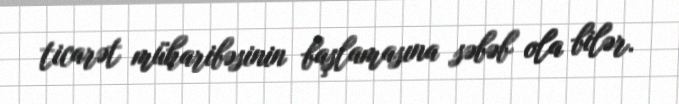
ticarət müharibəsinin başlamasına səbəb ola bilər.